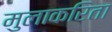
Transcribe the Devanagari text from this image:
मुलाकरिता